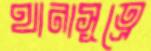
থানাসূত্রে